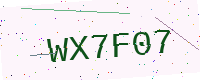
Text: WX7F07